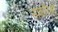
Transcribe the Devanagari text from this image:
सोशलिअट